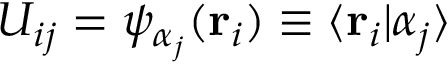
U _ { i j } = \psi _ { \alpha _ { j } } ( \mathbf { r } _ { i } ) \equiv \langle \mathbf { r } _ { i } | \alpha _ { j } \rangle